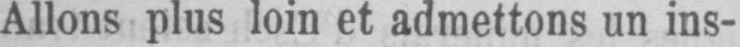
Allons plus loin et admettons un ins-